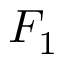
F _ { 1 }